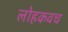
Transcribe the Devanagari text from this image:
लोहकवच